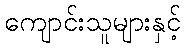
ကျောင်းသူများနှင့်